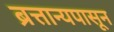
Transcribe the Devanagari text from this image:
ब्रत्तान्यपासून